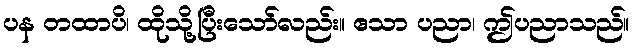
ပန တထာပိ၊ ထိုသို့ပြီးသော်လည်း။ ဧသာ ပညာ၊ ဤပညာသည်။